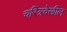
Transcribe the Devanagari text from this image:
चरित्रदेखील